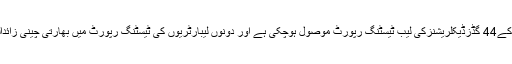
انہوں نے بتایا کہ بھارتی چینی کے44 گڈزڈیکلریشنزکی لیب ٹیسٹنگ رپورٹ موصول ہوچکی ہے اور دونوں لیبارٹریوں کی ٹیسٹنگ رپورٹ میں بھارتی چینی زائدالمیعاد اورمضرصحت نکلی ہے۔